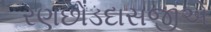
રણછોડદાસજીએ